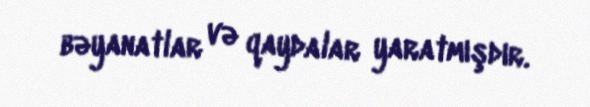
bəyanatlar və qaydalar yaratmışdır.